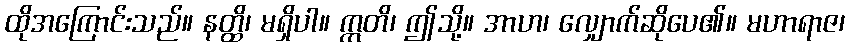
ထိုအကြောင်းသည်။ နတ္ထိ၊ မရှိပါ။ ဣတိ၊ ဤသို့။ အာဟ၊ လျှောက်ဆိုပေ၏။ မဟာရာဇ၊